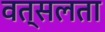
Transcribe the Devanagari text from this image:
वत्सलता